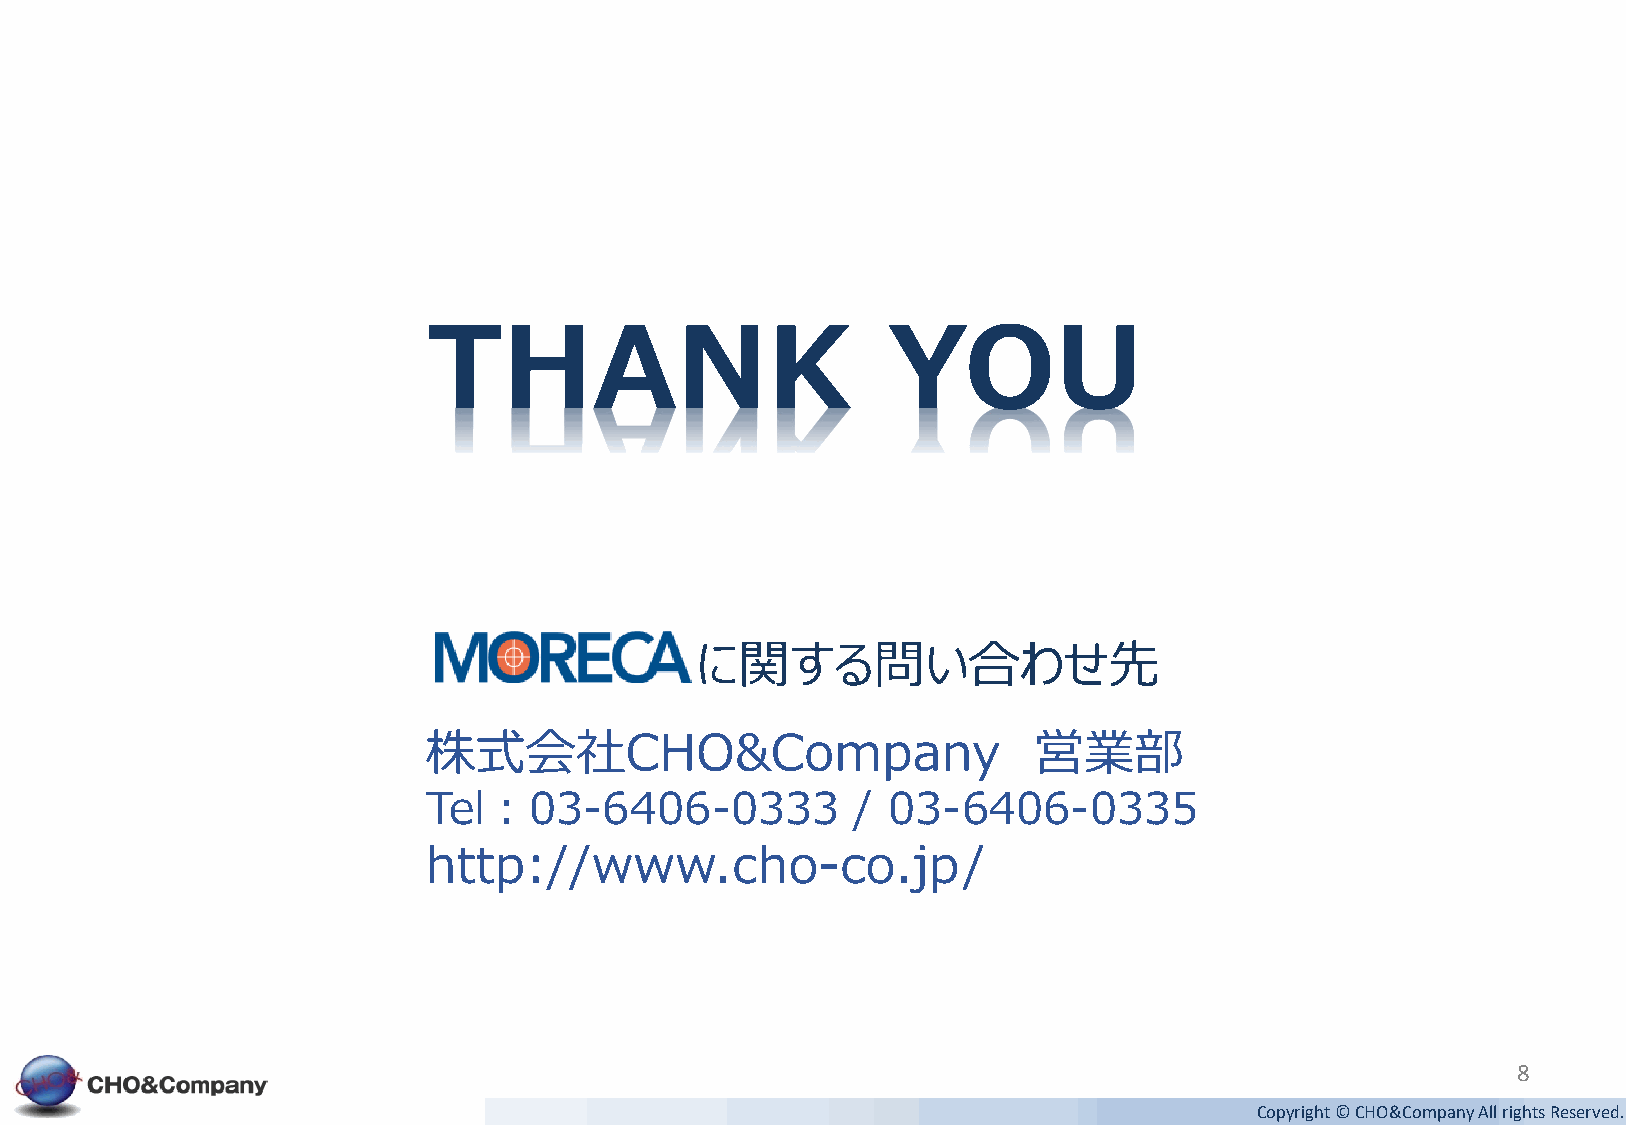
THANK                          YOU
 に関する問い合わせ先
 株式会社CHO&Company                         営業部
 Tel：03-6406-0333            /  03-6406-0335
 http://www.cho-co.jp/
 8
 Copyright © CHO&CompanyAll rights Reserved.